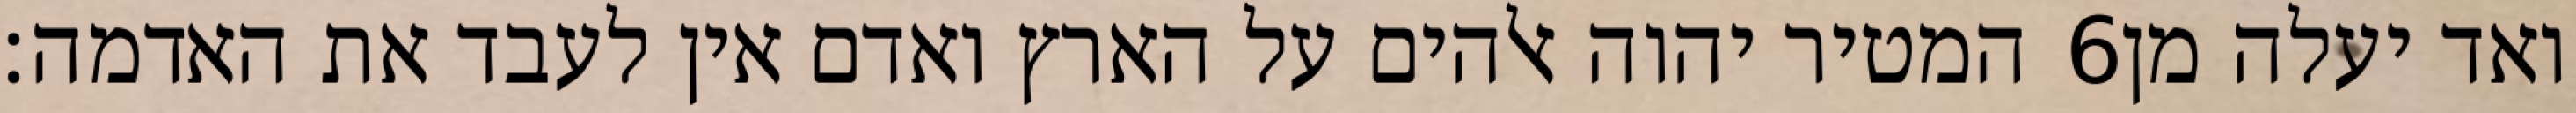
המטיר יהוה אלהים על הארץ ואדם אין לעבד את האדמה׃ ‎6‏ ואד יעלה מן